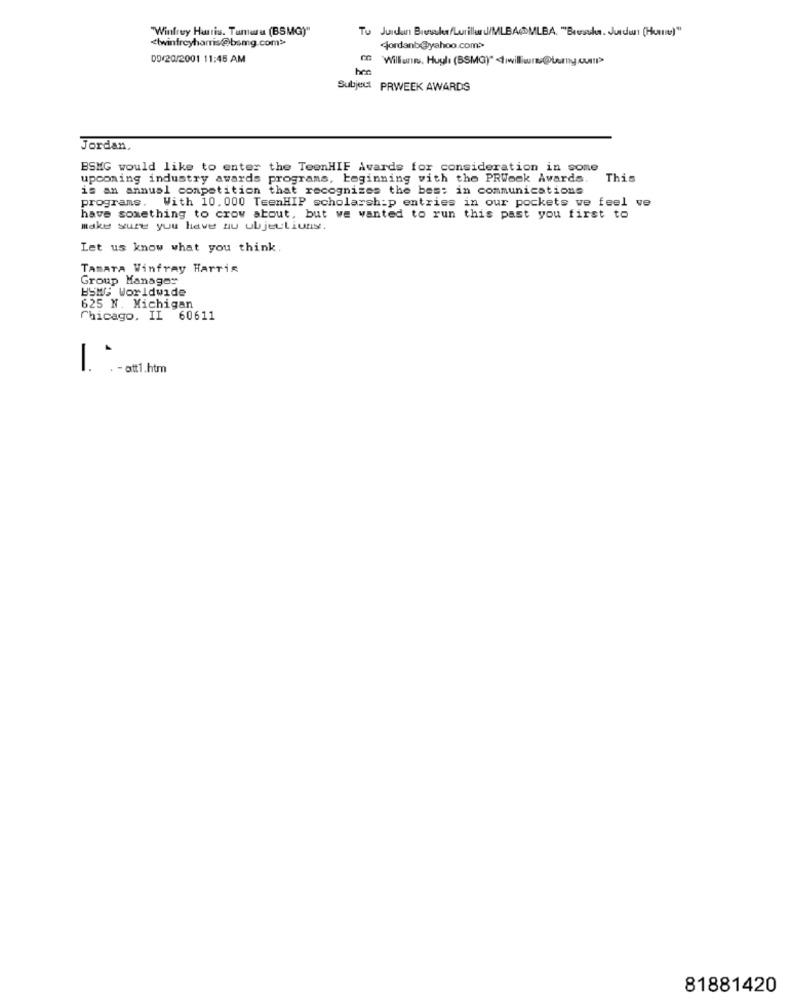
"Winfrey Harris. Tumau (BSMG)"
Tu Juidan Bressler/Luillar J/MLBAMLBA. "Brushes. Jurdan (Huns)"
<twinfreyharris@bsmg.com>>
09/20/2001 11:45 AM
Williunn. Hugli (BSMG)" iwilliwurs @Lemy.cull>
Subject PRWEEK AWARDS
Jordan.
BSMG would like to enter the TeenHIF Awards for consideration in some
upcoming industry awards programs, beginning with the PRWock Awards.
This
is an annual competition that recognizes the bes: in communications
programs. With 10. 000 TeenHIP scholarship entries in our pockets we feel ve
have something to crow about, but we wanted to run this past you first to
Make sure you have au ubjeuliuns.
Let us know what you think
TABATA Winfrey HarTis
Group Manager
ESMGG Worldwide
625 N. Michigan
Chicago, IL 60611
. - att1.htm
81881420